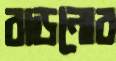
বাড়নোর